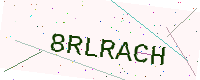
Text: 8RLRACH